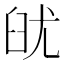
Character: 𦥣